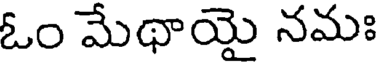
ఓం మేథాయై నమః